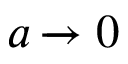
a \xrightarrow [ ] { } 0